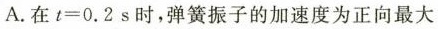
A.在$$t = 0 . 2 s$$时，弹簧振子的加速度为正向最大